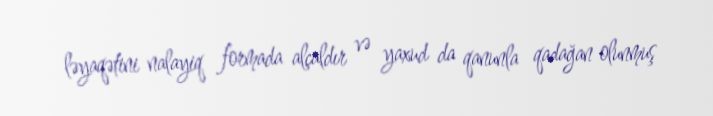
ləyaqətini nalayiq formada alçaldır və yaxud da qanunla qadağan olunmuş